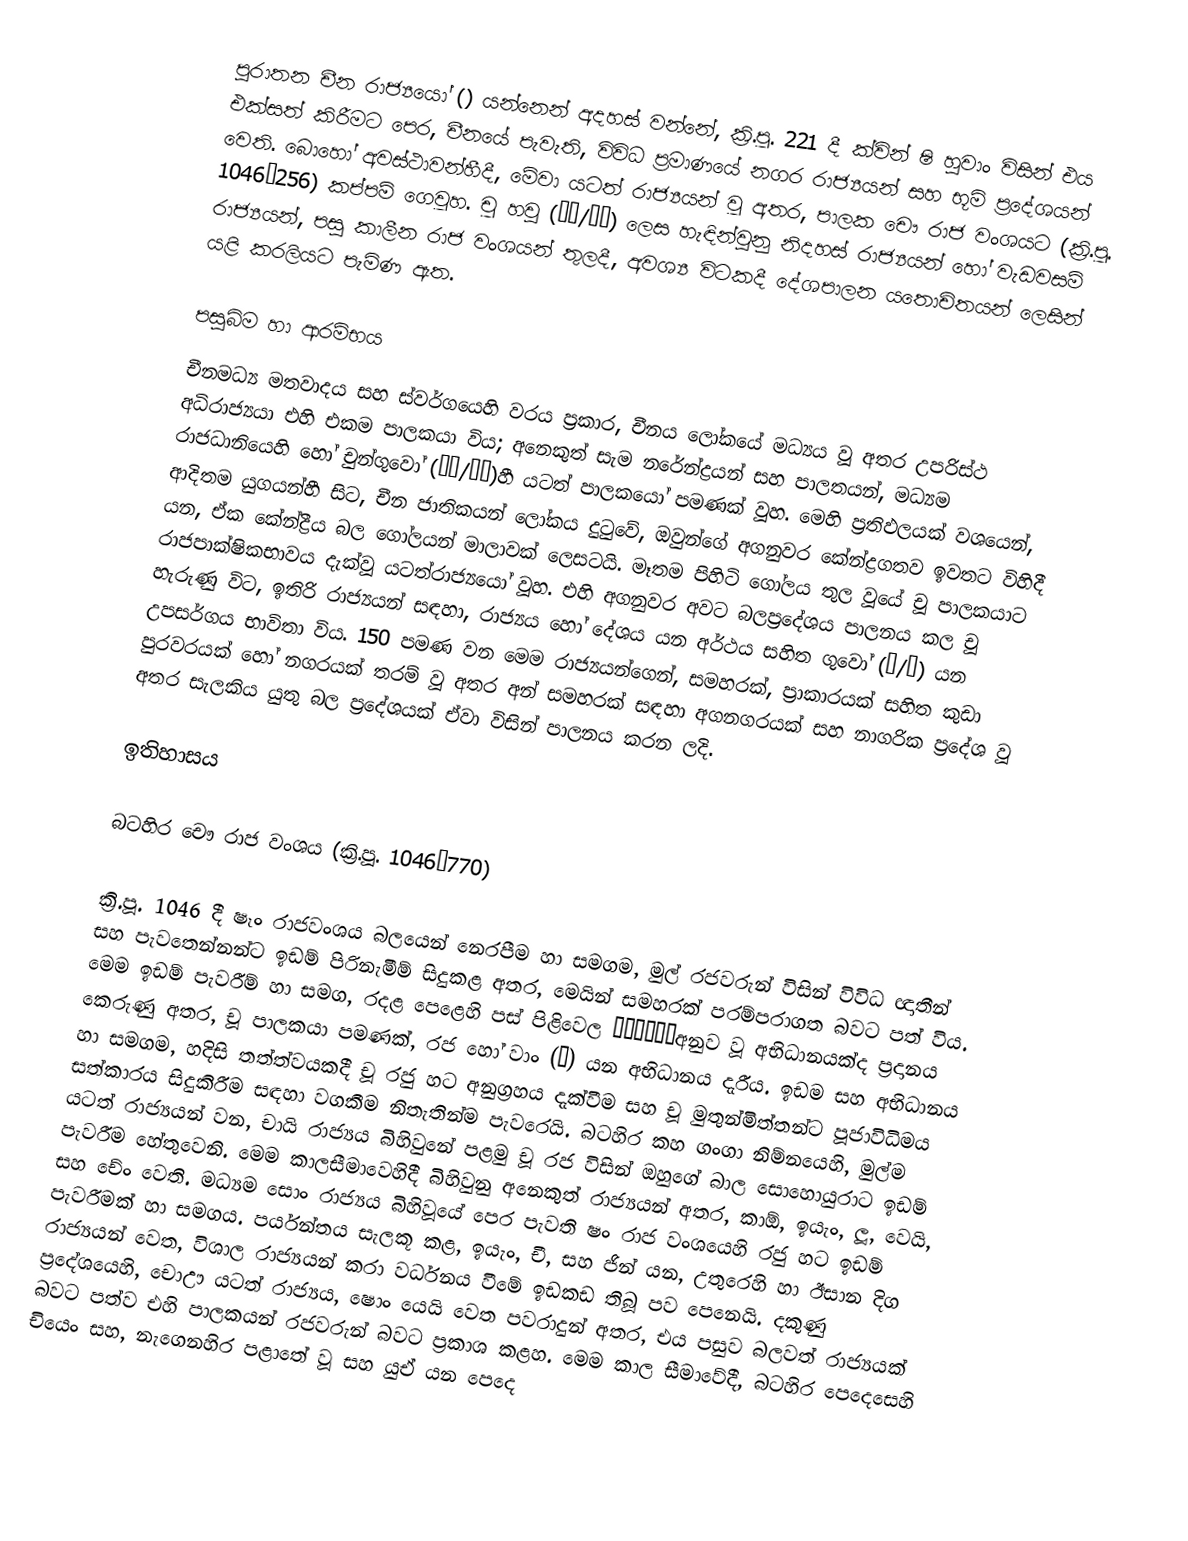
පුරාතන චීන රාජ්‍යයෝ () යන්නෙන් අදහස් වන්නේ, ක්‍රි.පූ. 221 දී  ක්වින් ෂි හුවාං විසින් එය එක්සත් කිරීමට පෙර,  චීනයේ පැවැති, විවිධ ප්‍රමාණයේ නගර රාජ්‍යයන් සහ භූමි ප්‍රදේශයන්   වෙති. බොහෝ අවස්ථාවන්හීදී, මේවා යටත් රාජ්‍යයන් වූ අතර, පාලක චෞ රාජ වංශයට (ක්‍රි.පූ. 1046–256) කප්පම් ගෙවූහ.   චූ හවු (諸侯/诸侯) ලෙස හැඳින්වුනු නිදහස් රාජ්‍යයන් හෝ වැඩවසම් රාජ්‍යයන්, පසු කාලීන රාජ වංශයන් තුලදී,  අවශ්‍ය විටකදී දේශපාලන යතොචිතයන් ලෙසින් යළි කරලියට  පැමිණ ඇත.

පසුබිම හා  ආරම්භය
චීනමධ්‍ය මතවාදය සහ ස්වර්ගයෙහි වරය ප්‍රකාර, චීනය ලෝකයේ මධ්‍යය වූ අතර උපරිස්ථ අධිරාජ්‍යයා එහි එකම පාලකයා විය; අනෙකුත් සැම නරේන්ද්‍රයන් සහ පාලතයන්, මධ්‍යම රාජධානියෙහි හෝ   චුන්ගුවෝ (中国/中国)හී යටත් පාලකයෝ පමණක් වූහ. මෙහි ප්‍රතිඵලයක් වශයෙන්, ආදිතම යුගයන්හී සිට, චීන ජාතිකයන් ලෝකය දුටුවේ, ඔවුන්ගේ අගනුවර කේන්ද්‍රගතව ඉවතට විහිදී යන, ඒක කේන්ද්‍රීය බල ගෝලයන් මාලාවක් ලෙසටයි. මෑතම පිහිටි ගෝලය තුල වූයේ  චූ පාලකයාට රාජපාක්ෂිකභාවය දැක්වූ යටත්රාජ්‍යයෝ වූහ. එහි අගනුවර අවට බලප්‍රදේශය පාලනය කල චූ හැරුණු විට, ඉතිරි රාජ්‍යයන්  සඳහා, රාජ්‍යය හෝ දේශය යන අර්ථය සහිත ගුවෝ (国/国) යන උපසර්ගය භාවිතා විය. 150 පමණ වන මෙම රාජ්‍යයන්ගෙන්,  සමහරක්, ප්‍රාකාරයක් සහිත කුඩා පුරවරයක් හෝ නගරයක් තරම් වූ අතර අන් සමහරක් සඳහා අගනගරයක් සහ නාගරික ප්‍රදේශ වූ අතර සැලකිය යුතු බල ප්‍රදේශයක් ඒවා විසින් පාලනය කරන ලදි.

ඉතිහාසය

බටහිර චෞ රාජ වංශය (ක්‍රි.පූ. 1046–770)

ක්‍රි.පූ. 1046 දී ෂෑං රාජවංශය බලයෙන් නෙරපීම හා සමගම, මුල් රජවරුන් විසින් විවිධ ඥාතීන් සහ  පැවතෙන්නන්ට ඉඩම් පිරිනැමීම් සිදුකළ අතර, මෙයින් සමහරක්  පරම්පරාගත බවට පත් විය.  මෙම  ඉඩම් පැවරීම් හා සමග,  රදළ පෙළෙහි පස් පිළිවෙල （五等爵位）අනුව වූ අභිධානයක්ද ප්‍රදානය කෙරුණු අතර, චූ පාලකයා පමණක්, රජ හෝ වාං (王) යන අභිධානය දැරීය. ඉඩම සහ අභිධානය හා සමගම, හදිසි තත්ත්වයකදී  චූ රජු හට අනුග්‍රහය දැක්වීම සහ චූ මුතුන්මිත්තන්ට පූජාවිධිමය සත්කාරය සිදුකිරීම සඳහා  වගකීම නිතැතින්ම පැවරෙයි. බටහිර කහ ගංගා නිම්නයෙහි, මුල්ම යටත් රාජ්‍යයන් වන, චායි රාජ්‍යය බිහිවුනේ  පළමු චූ රජ විසින් ඔහුගේ බාල සොහොයුරාට ඉඩම් පැවරීම හේතුවෙනි. මෙම කාලසීමාවෙහිදී බිහිවුනු අනෙකුත් රාජ්‍යයන් අතර,  කාඕ,  ඉයැං,  ලූ,  වෙයි, සහ  චේං වෙති. මධ්‍යම  සොං රාජ්‍යය බිහිවූයේ පෙර පැවති  ෂං රාජ වංශයෙහි  රජු හට ඉඩම් පැවරීමක් හා සමගය. පර්යන්තය සැලකූ කළ, ඉයැං, චී, සහ ජින් යන, උතුරෙහි හා ඊසාන දිග රාජ්‍යයන් වෙත, විශාල රාජ්‍යයන් කරා වර්ධනය වීමේ ඉඩකඩ තිබූ පව පෙනෙයි.  දකුණු ප්‍රදේශයෙහි,  චොඌ යටත් රාජ්‍යය, ෂොං යෙයි වෙත පවරාදුන් අතර, එය පසුව බලවත් රාජ්‍යයක් බවට පත්ව එහි පාලකයන් රජවරුන් බවට ප්‍රකාශ කළහ.  මෙම කාල සීමාවේදී, බටහිර පෙදෙසෙහි චියෙං සහ, නැගෙනහිර පළාතේ  වූ සහ යුඒ යන පෙදෙ